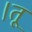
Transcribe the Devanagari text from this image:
।तू